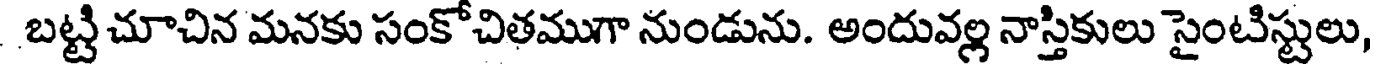
బట్టి చూచిన మనకు సంకోచితముగా నుండును. అందువల్ల నాస్తికులు సైంటిస్టులు,